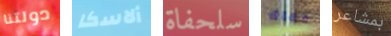
دولتنا ألاسكا سلحفاة دعاك بمشاعر